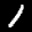
Label: 1